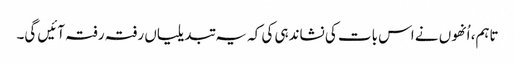
تاہم، اُنھوں نے اس بات کی نشاندہی کی کہ یہ تبدیلیاں رفتہ رفتہ آئیں گی۔